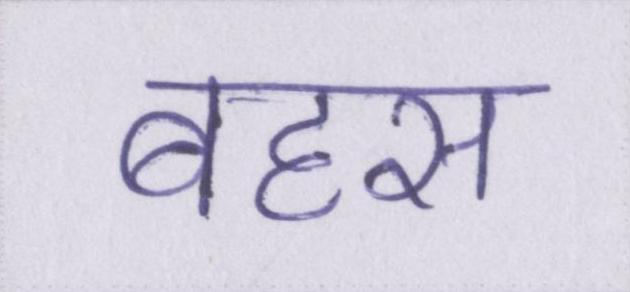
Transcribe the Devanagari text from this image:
बहस